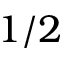
1 / 2